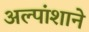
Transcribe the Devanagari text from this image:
अल्पांशाने